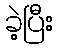
ခဲ့ပြီး